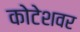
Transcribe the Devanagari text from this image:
कोटेशवर